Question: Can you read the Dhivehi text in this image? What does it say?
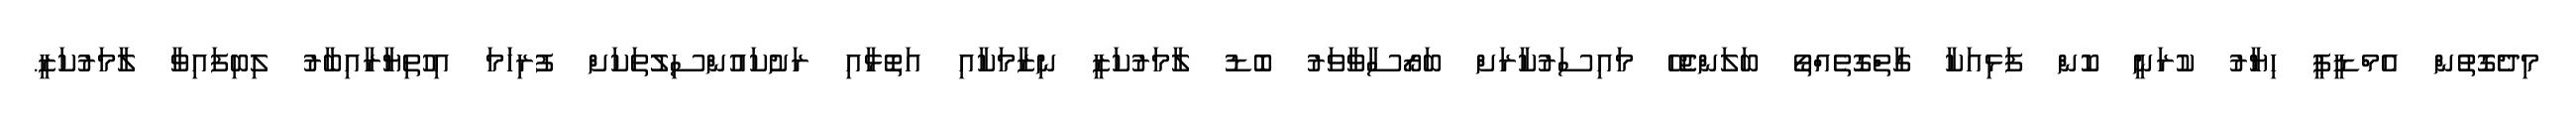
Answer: މިދެގޮތުން އެމްޑީޕީ ހިޔާރު ކުރަނީ ކޮން ފަޅިއަކާ ގާތްގޮތެއްތޯ ބަލަންޖެހޭ މައިސަރުކާރަށް ބަރޯސާވާވަރު ބޮޑު ލާމަރުކަޒީ ނިޒާމަކާއި އަތޮޅާއި ރަށުކައުންސިލުތަކަށް ފުރިހަމަ އިހުތިޔާރާއިބާރު ލިބިފައިވާ ލާމަރުކަޒީ.